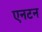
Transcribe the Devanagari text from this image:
एनटन